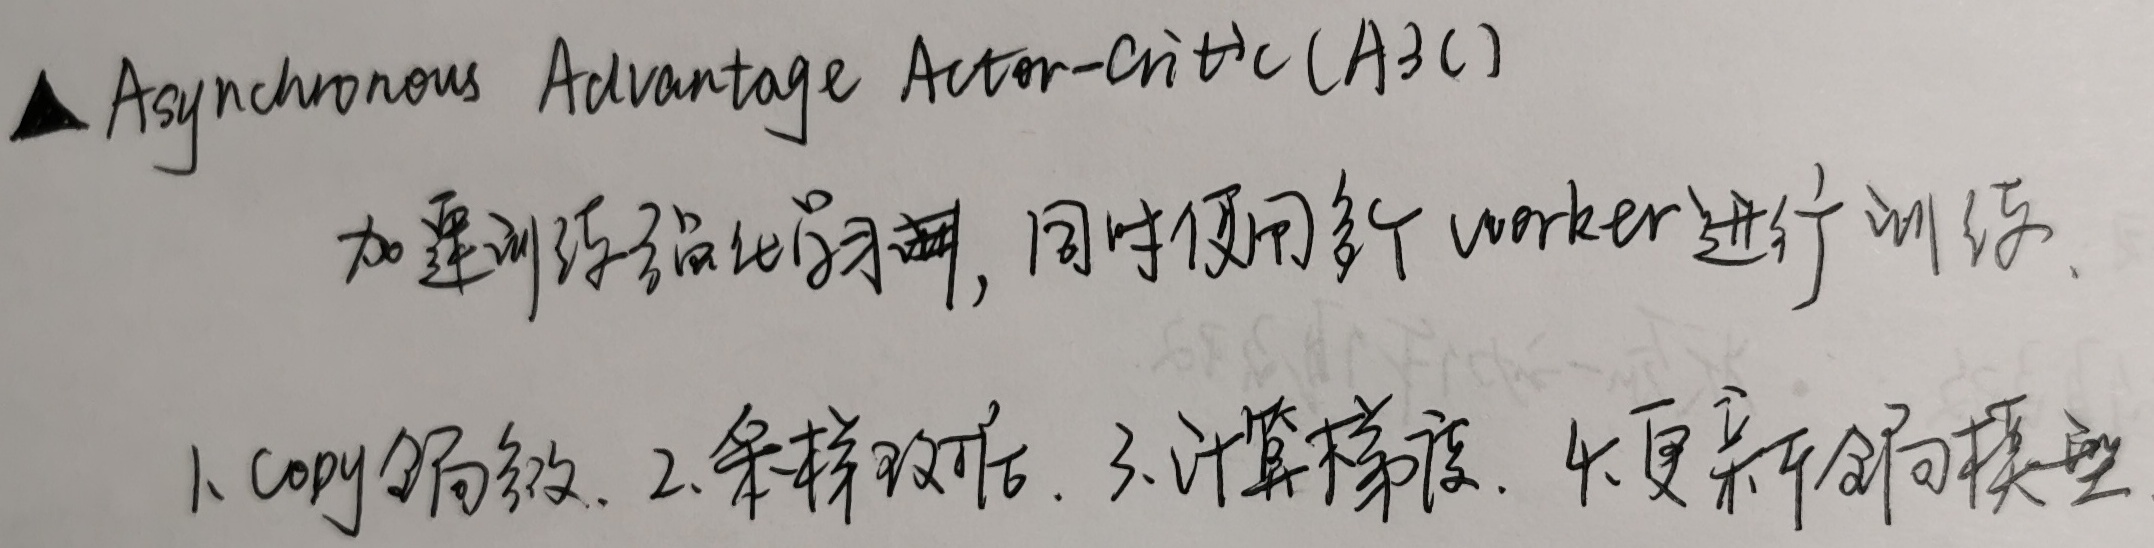
$\triangle$ Asynchronous Advantage Actor - Critic (A3C) 加速训练强化学习器，同时使用多个 worker 进行训练。
1. Copy 参数。
2. 采样取后。
3. 计算梯度。
4. 更新全局模型